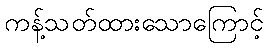
ကန့်သတ်ထားသောကြောင့်